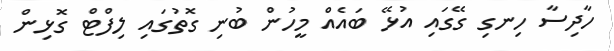
ހާދިސާ ހިނގި ގޭގައި އުޅޭ ބައެއް މީހުން ބުނި ގޮތުގައި ލިފްޓް ގޮޅިން